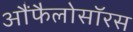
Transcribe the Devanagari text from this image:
आैंफैलोसॉरस